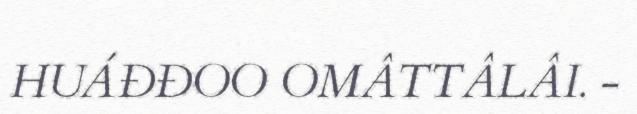
HUÁĐĐOO OMÂTTÂLÂI. -